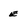
Character: E